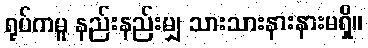
ရုပ်ကမူ နည်းနည်းမျှ သားသားနားနားမရှိ။